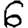
Digit: 6